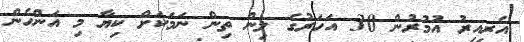
އެރިއިރު އުމުރުން 30 އަހަރުގެ ލިން ތިން ނަމަކަށް ކިޔާ މި އަންހެން